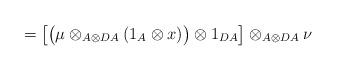
LaTeX: \begin{align*}= \big[ \big(\mu \otimes _{A\otimes DA} (1_A \otimes x)\big)\otimes 1_{DA} \big]\otimes _{A\otimes DA} \nu\end{align*}